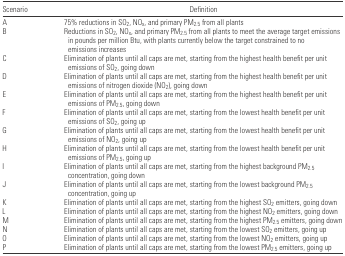
| Scenario | Definition |
 | --- | --- |
 | A | 75% reductions in SO2, NOx, and primary PM2.5 from all plants |
 | B | Reductions in SO2, NOx, and primary PM2.5 from all plants to meet the average target emissions in pounds per million Btu, with plants currently below the target constrained to no emissions increases |
 | C | Elimination of plants until all caps are met, starting from the highest health benefit per unit emissions of SO2, going down |
 | D | Elimination of plants until all caps are met, starting from the highest health benefit per unit emissions of nitrogen dioxide (NO2), going down |
 | E | Elimination of plants until all caps are met, starting from the highest health benefit per unit emissions of PM2.5, going down |
 | F | Elimination of plants until all caps are met, starting from the lowest health benefit per unit emissions of SO2, going up |
 | G | Elimination of plants until all caps are met, starting from the lowest health benefit per unit emissions of NO2, going up |
 | H | Elimination of plants until all caps are met, starting from the lowest health benefit per unit emissions of PM2.5, going up |
 | I | Elimination of plants until all caps are met, starting from the highest background PM2.5 concentration, going down |
 | J | Elimination of plants until all caps are met, starting from the lowest background PM2.5 concentration, going up |
 | K | Elimination of plants until all caps are met, starting from the highest SO2 emitters, going down |
 | L | Elimination of plants until all caps are met, starting from the highest NO2 emitters, going down |
 | M | Elimination of plants until all caps are met, starting from the highest PM2.5 emitters, going down |
 | N | Elimination of plants until all caps are met, starting from the lowest SO2 emitters, going up |
 | O | Elimination of plants until all caps are met, starting from the lowest NO2 emitters, going up |
 | P | Elimination of plants until all caps are met, starting from the lowest PM2.5 emitters, going up |